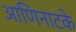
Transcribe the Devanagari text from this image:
आणिनाटके